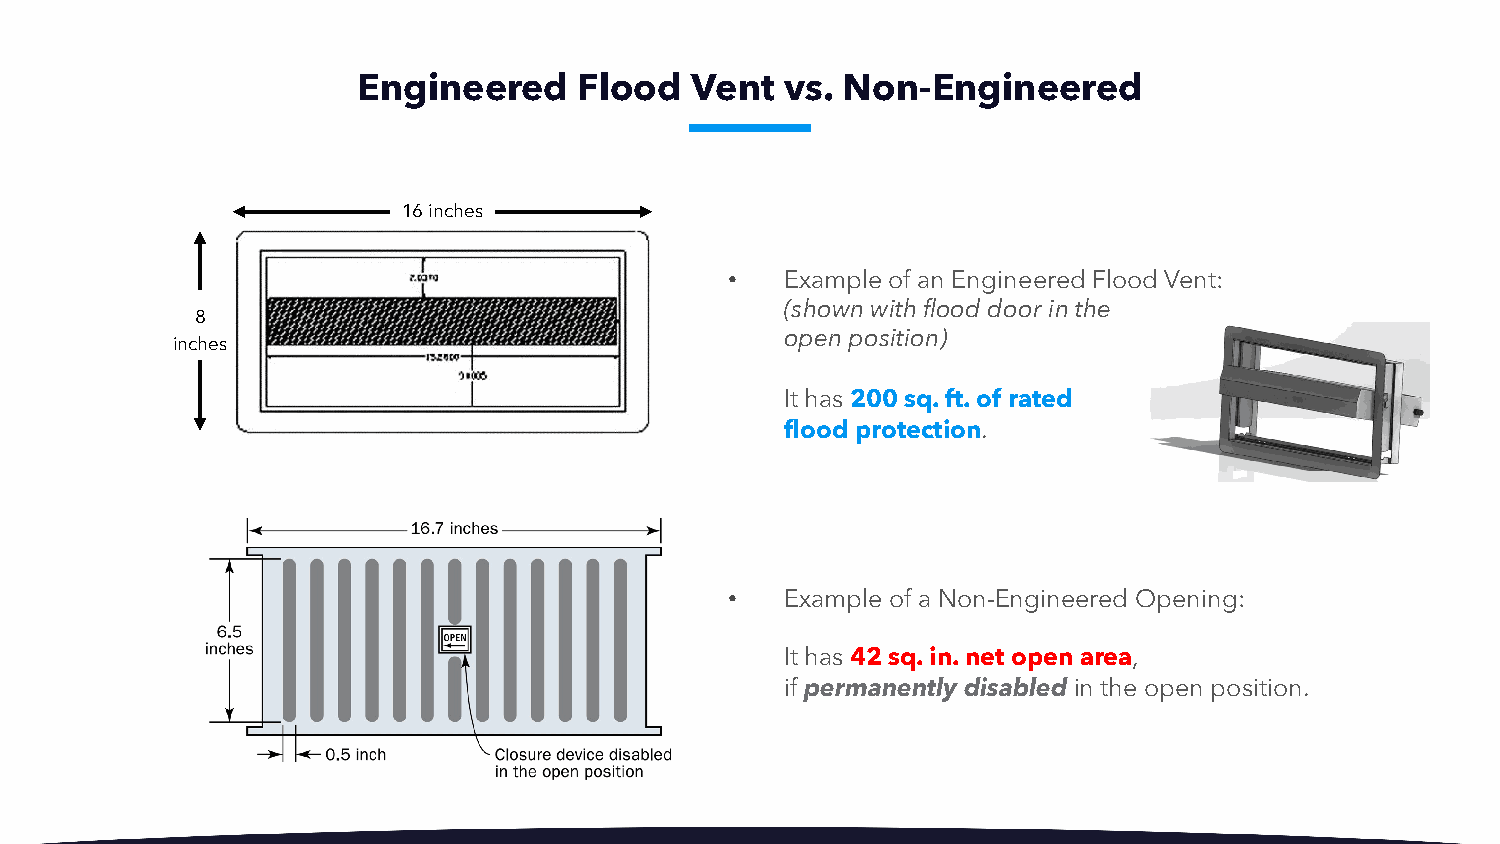
Engineered    Flood   Vent  vs. Non-Engineered
 16 inches
 •   Example of an Engineered Flood Vent:
 (shown with flood door in the
 8
 open position)
 inches
 It has 200 sq. ft. of rated
 flood protection.
 •   Example of a Non-Engineered Opening:
 It has 42 sq. in. net open area,
 if permanently disabled in the open position.